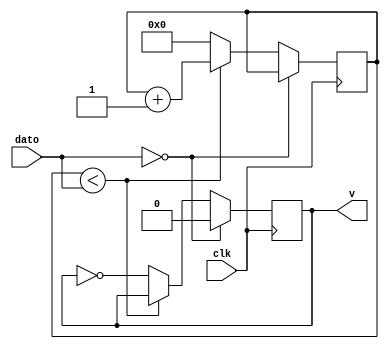
`timescale 1ns / 1ps

module divisor(clk,dato,v);

input clk;
input [24:0] dato;
output reg v;

reg [24:0] cont;

initial begin
cont<=0;
v<=0;
end 

always @(posedge clk)
	if(dato==25'd0)
		v=0;
	else 
		if(cont<dato)
			cont=cont+1;
		else begin
			cont=0;
			v=~v;
		end
		
endmodule